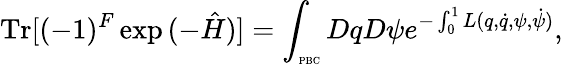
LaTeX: \mathrm{Tr}[(-1)^{F}\exp{(-\hat{H})}]=\int_{\mathrm{\tiny{PBC}}}DqD\psi e^{-\int_{0}^{1}L(q,\dot{q},\psi,\dot{\psi})},